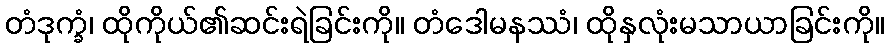
တံဒုက္ခံ၊ ထိုကိုယ်၏ဆင်းရဲခြင်းကို။ တံဒေါမနဿံ၊ ထိုနှလုံးမသာယာခြင်းကို။